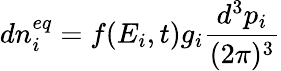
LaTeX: dn_{i}^{eq}=f(E_{i},t)g_{i}{\frac{d^{3}p_{i}}{(2\pi)^{3}}}